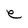
Character: e